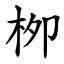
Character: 栁